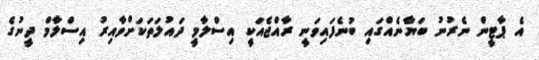
އެ ޕާޓީން ނެރުނު ބަޔާނެއްގައި ބުނެފައިވަނީ ރާއްޖެއަކީ އިސްލާމީ ދައުލަތަކަށްވާއިރު އިސްލާމް ދީނުގެ